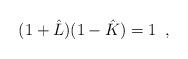
LaTeX: \begin{align*} (1+\hat{L}) (1- \hat{K} ) = 1 \,\,\, ,\end{align*}